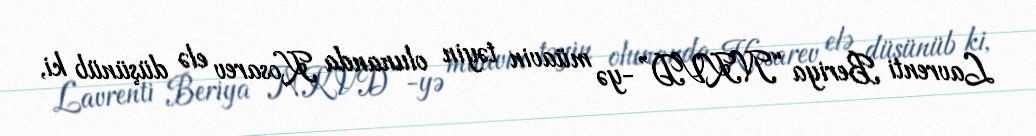
Lavrenti Beriya “NKVD”-yə müavin təyin olunanda Kosarev elə düşünüb ki,